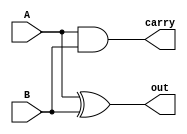
module half_add (out, carry, A, B);

output out, carry;
input A, B;

xor (out, A, B);
and (carry, A, B);

endmodule